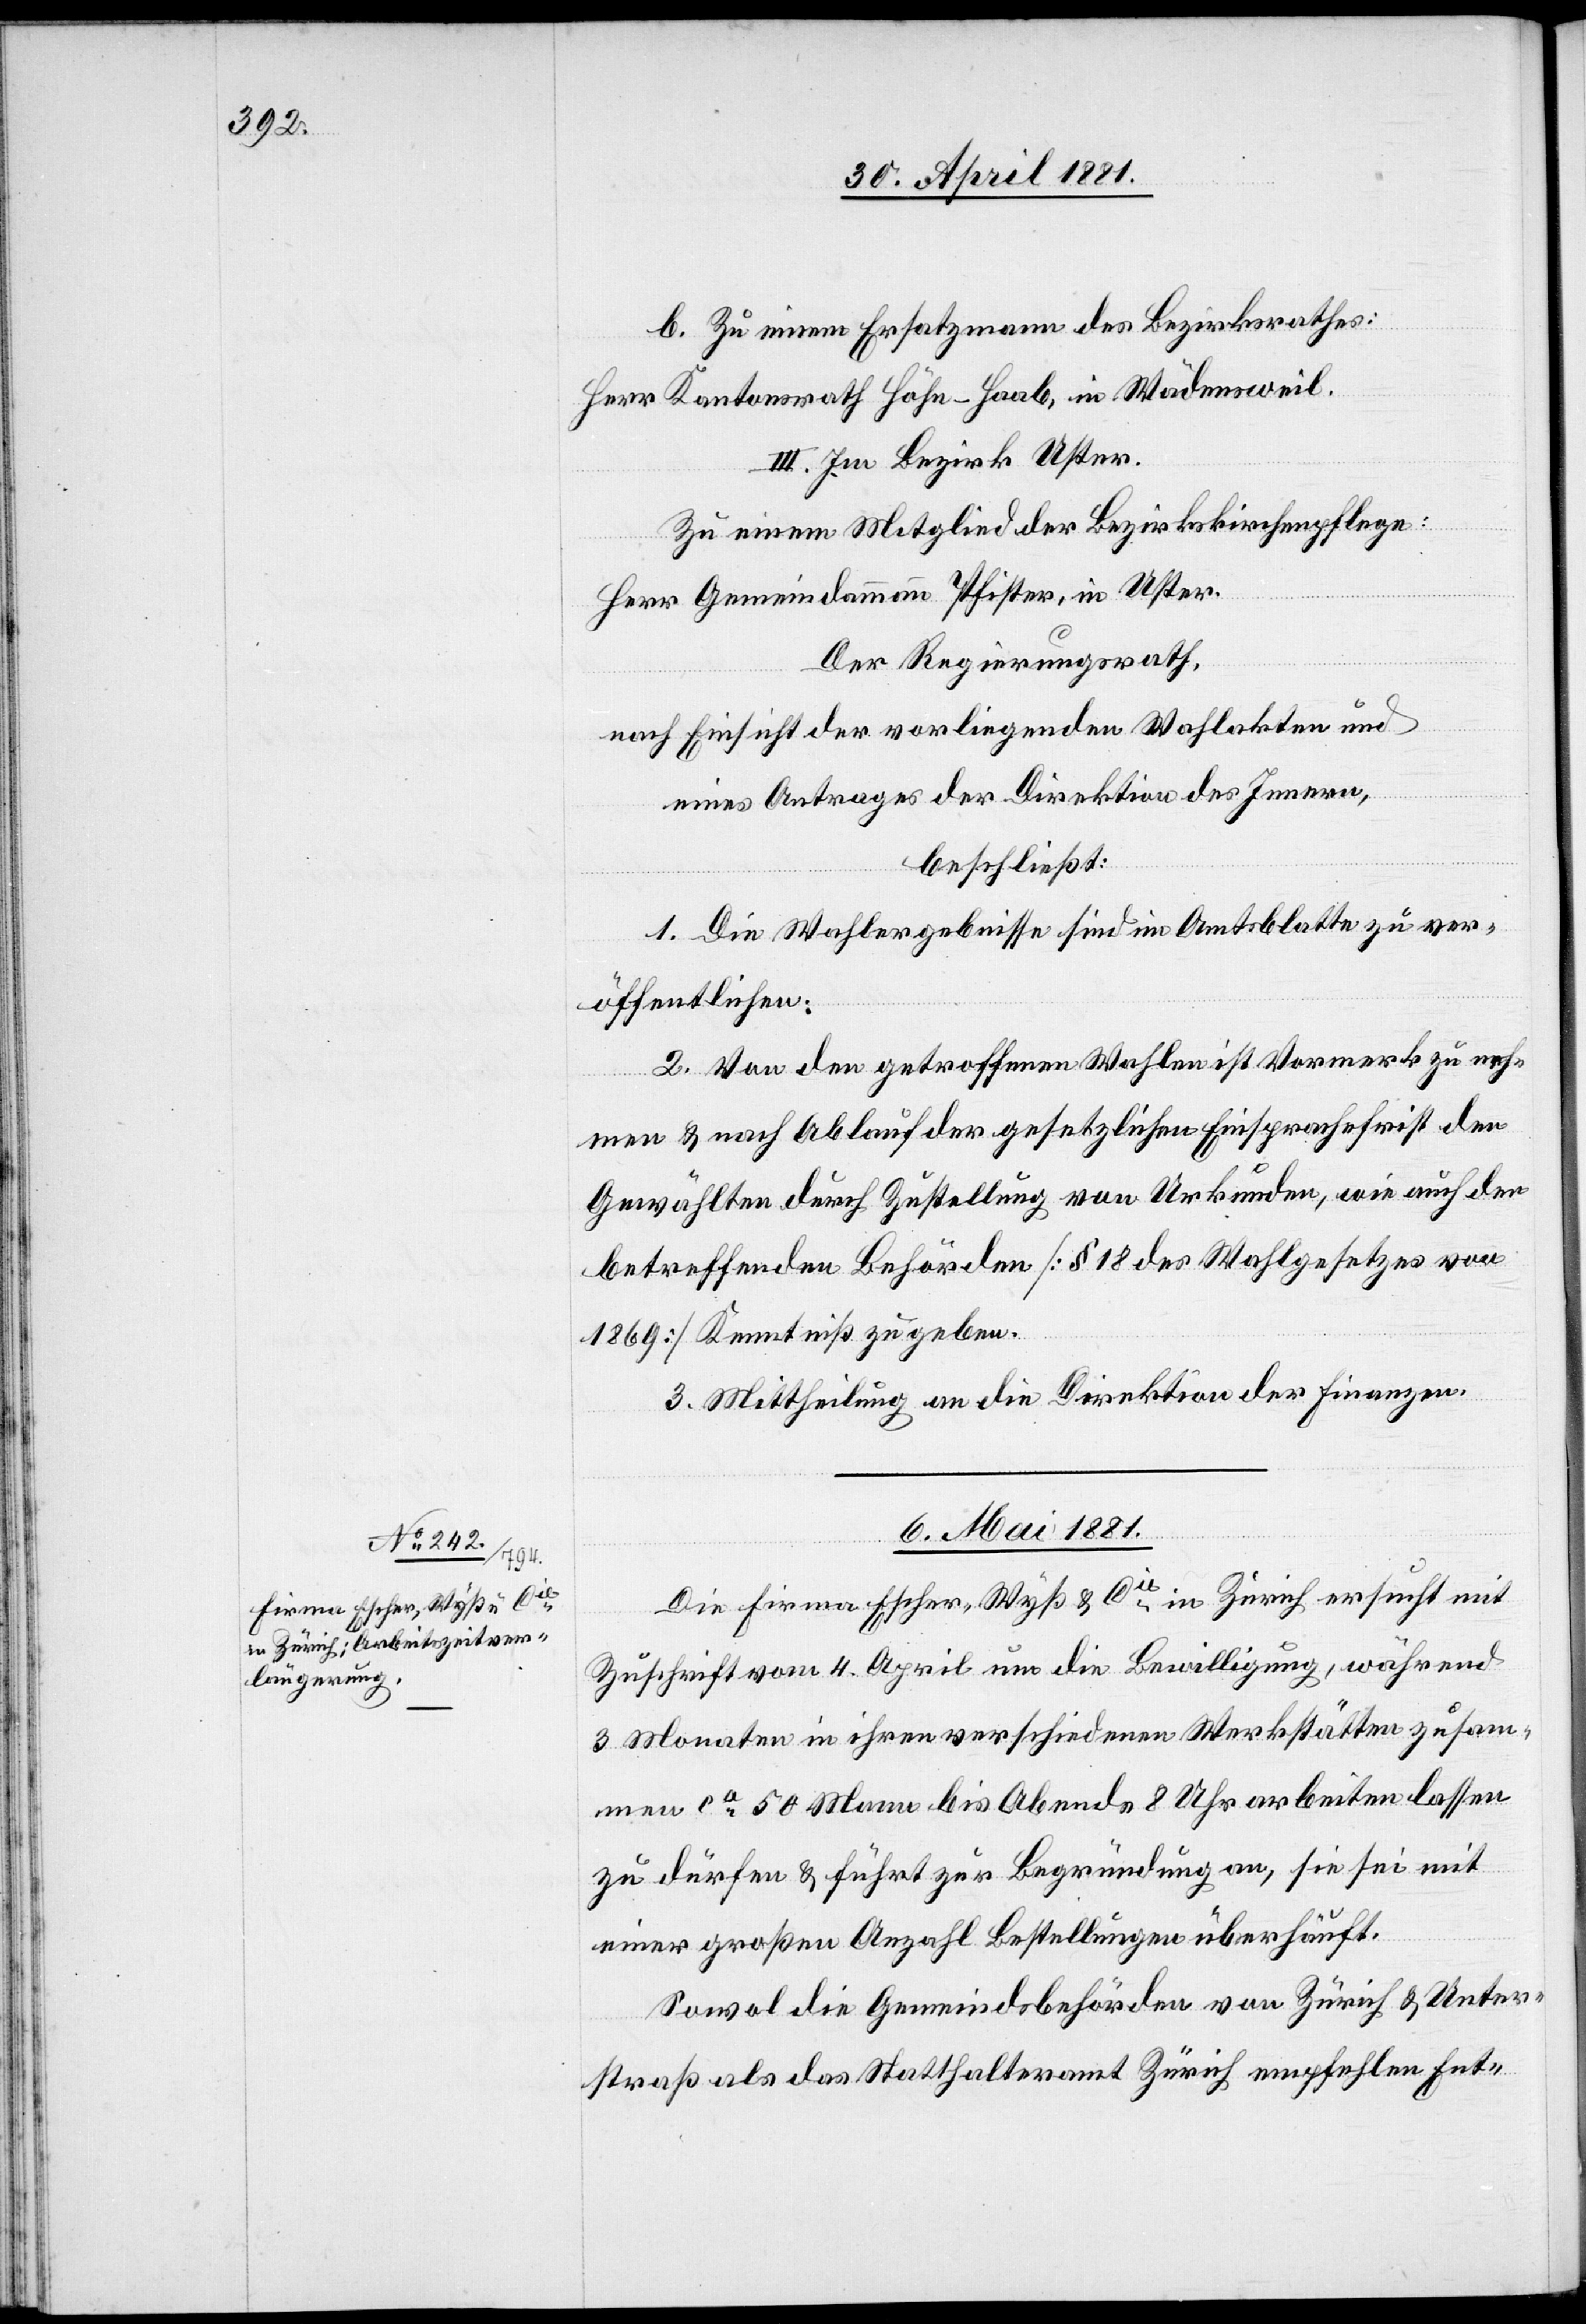
b. Zu einem Ersatzmann des Bundesrathes:
Herr Kantonsrath Höhn-Haab, in Wädensweil.
III. Im Bezirk Uster.
Zu einem Mitglied der Bezirksschulpflege:
Herr Gemeindammann Pfister, in Uster.
Der Regierungsrath,
nach Einsicht der vorliegenden Wahlakten und
eines Antrages der Direktion des Innern,
beschließt:
1. Die Wahlergebnisse sind im Amtsblatte zu ver¬
öffentlichen.
2. Von den getroffenen Wahlen ist Vormerk zu neh¬
men & nach Ablauf der gesetzlichen Einsprachefrist den
Gewählten durch Zustellung von Urkunden, wie auch den
betreffenden Behörden [§ 18 des Wahlgesetzes von
1869] Kenntniß zu geben.
3. Mittheilung an die Direktion der Finanzen.
6. Mai 1881
Die Firma Escher-Wyß & Cie in Zürich ersucht mit
Zuschrift vom 4. April um die Bewilligung, während
3 Monaten in ihren verschiedenen Werkstätten zusam¬
men ca 50 Mann bis Abends 8 Uhr arbeiten lassen
zu dürfen & führt zur Begründung an, sie sei mit
einer großen Anzahl Bestellungen überhäuft.
Sowol die Gemeindsbehörde von Zürich & Unter¬
straß als das Statthalteramt Zürich empfehlen Ent-